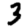
Digit: 3